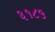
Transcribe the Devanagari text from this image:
३१८५